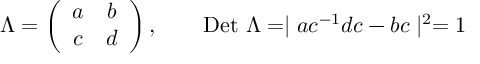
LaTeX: \Lambda = \left( \begin{array} { c c } { { a } } & { { b } } \\ { { c } } & { { d } } \end{array} \right) , ~ ~ ~ ~ ~ ~ \mathrm { D e t } ~ \Lambda = \mid a c ^ { - 1 } d c - b c \mid ^ { 2 } = 1